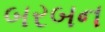
બરબન